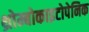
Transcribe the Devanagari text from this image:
थ्रोम्बोकाइटोपेनिक